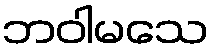
ဘဝါမသေ